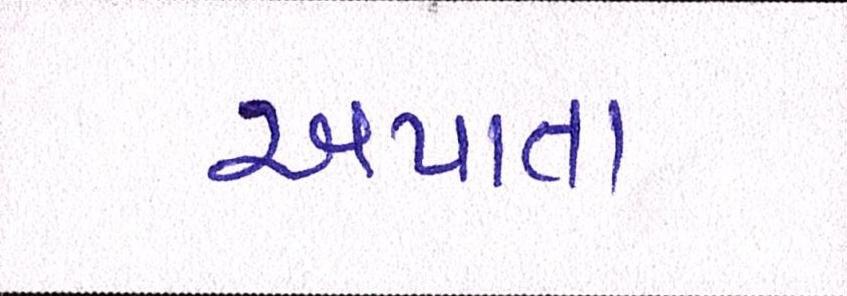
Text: અપાતા